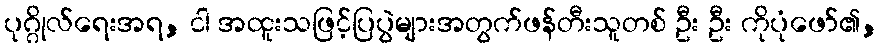
ပုဂ္ဂိုလ်ရေးအရ, ငါ အထူးသဖြင့်ပြပွဲများအတွက်ဖန်တီးသူတစ် ဦး ဦး ကိုပုံဖော်၏,